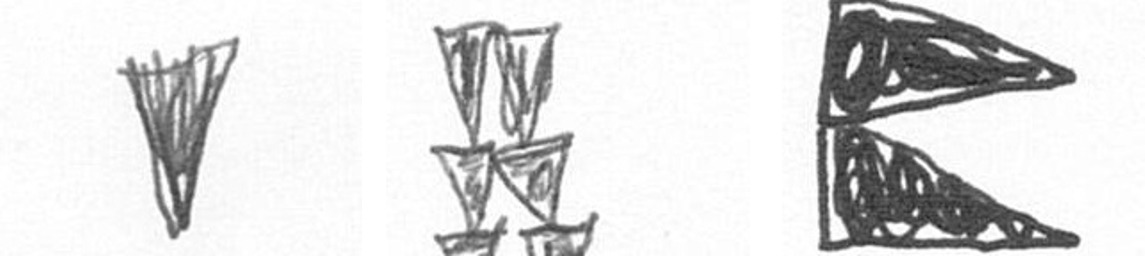
J Y P